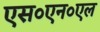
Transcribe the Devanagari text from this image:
एस०एन०एल